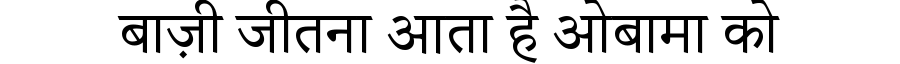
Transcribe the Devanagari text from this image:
बाज़ी जीतना आता है ओबामा को